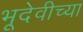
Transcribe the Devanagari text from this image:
भूदेवीच्या